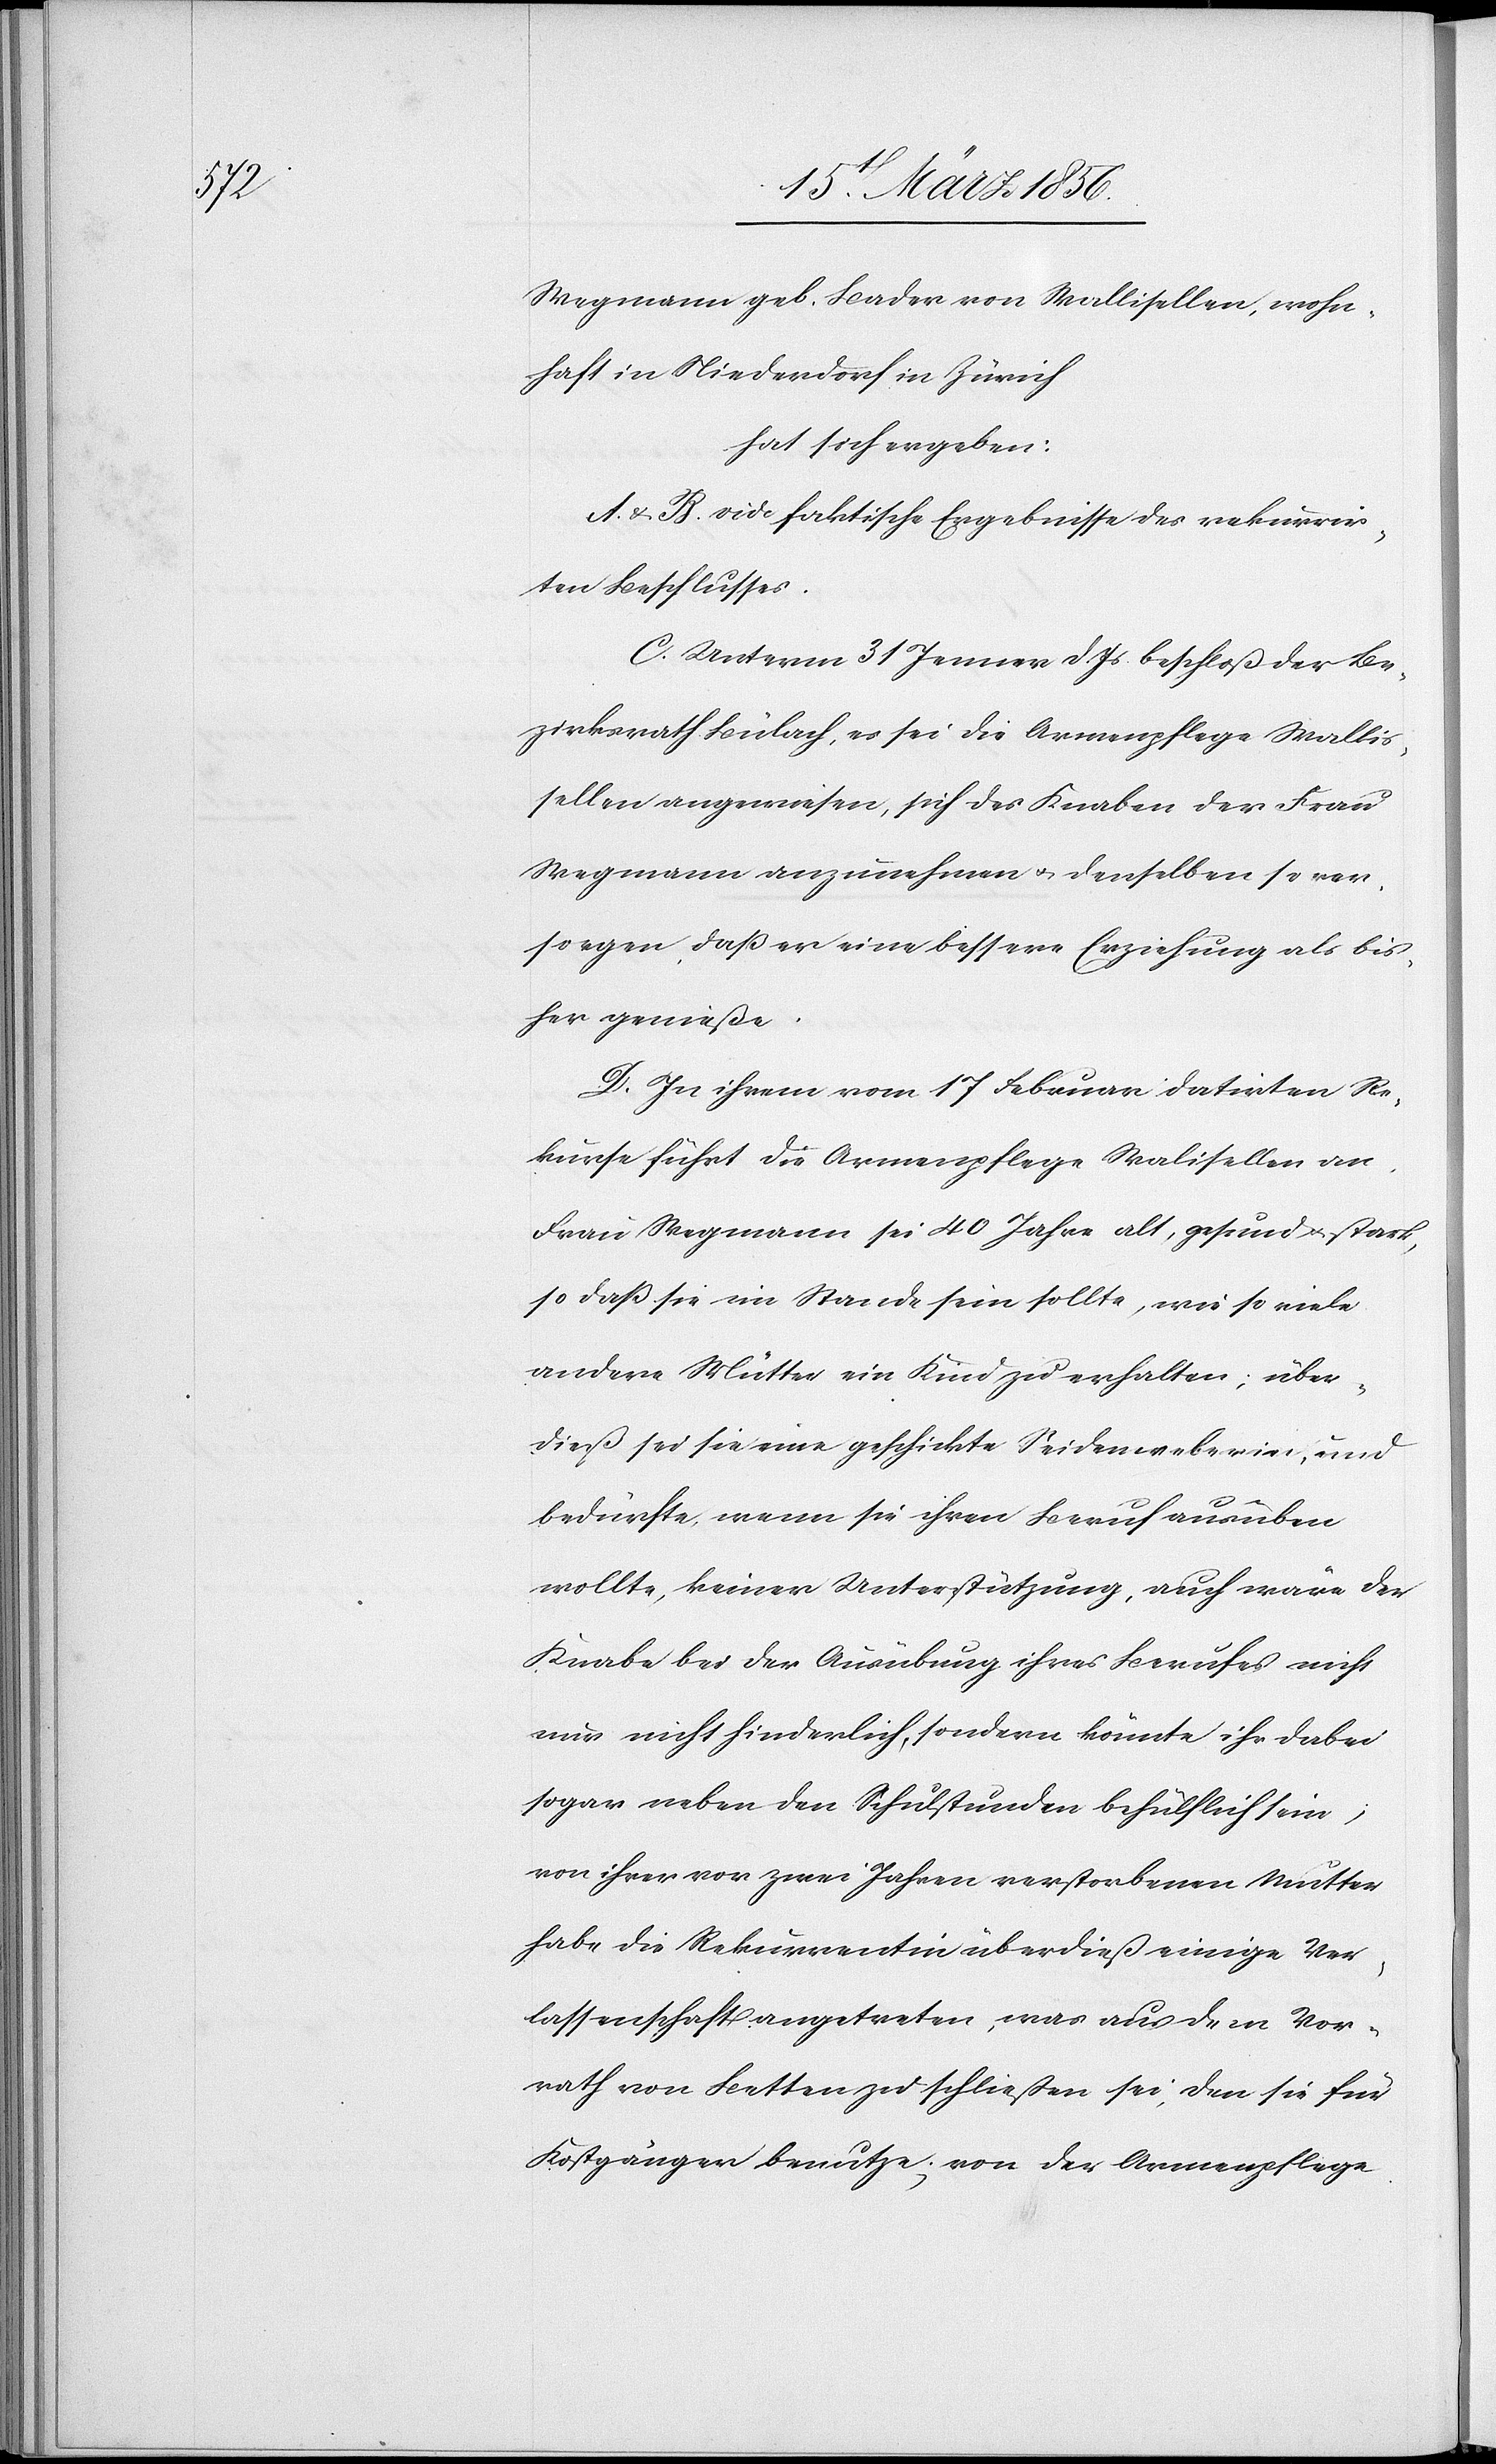
Wegmann geb. Bader von Wallisellen, wohn¬
haft in Niederdorf in Zürich
hat sich ergeben:
A. & B. vide faktische Ergebnisse des rekurrir¬
ten Beschlusses.
C. Unterm 31 Jenner d. Js. beschloß der Be¬
zirksrath Bülach, es sei die Armenpflege Wallis¬
sellen angewiesen, sich des Knaben der Frau
Wegmann anzunehmen u. denselben so ver¬
sorgen, daß er eine bessere Erziehung als bis¬
her genieße.
D. In ihrem vom 17 Februar datirten Re¬
kurse führt die Armenpflege Walisellen an,
Frau Wegmann sei 40 Jahre alt, gesund u. stark,
so daß sie im Stande sein sollte, wie so viele
andere Mütter ein Kind zu erhalten; über¬
dieß sei sie eine geschickte Seidenweberin, und
bedürfte, wenn sie ihren Beruf ausüben
wollte, keiner Unterstützung, auch wäre der
Knabe bei der Ausübung ihres Berufes nicht
nur nicht hinderlich, sondern könnte ihr dabei
sogar neben den Schulstunden behülflich sein;
von ihrer vor zwei Jahren verstorbenen Mutter
habe die Rekurrentin überdieß einige Ver¬
lassenschaft angetreten, was aus dem Vor¬
rath von Betten zu schließen sei, den sie für
Kostgänger benutze; von der Armenpflege